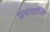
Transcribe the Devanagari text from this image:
प्रददाति